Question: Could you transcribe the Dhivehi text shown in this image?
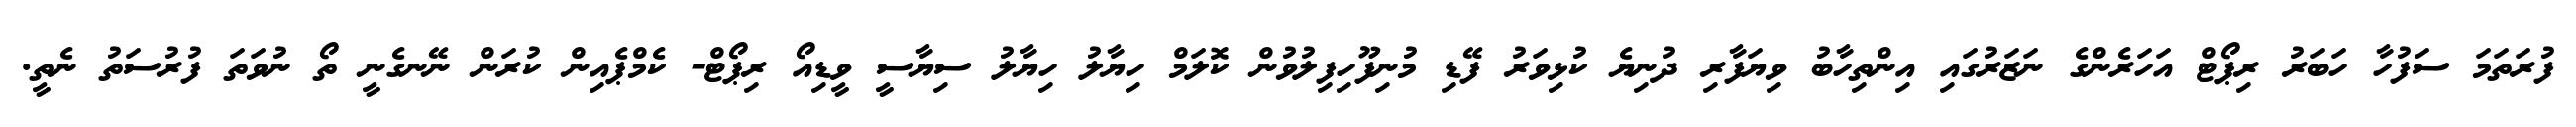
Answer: ފުރަތަމަ ސަފުހާ ހަބަރު ރިޕޯޓް އަހަރެންގެ ނަޒަރުގައި އިންތިހާބު ވިޔަފާރި ދުނިޔެ ކުޅިވަރު ފޭޑި މުނިފޫހިފިލުވުން ކޮލަމް ހިޔާލު ހިޔާލު ސިޔާސީ ވީޑިއޯ ރިޕޯޓް- ކެމްޕެއިން ކުރަން ނޭނގެނީ ތޯ ނުވަތަ ފުރުސަތު ނެތީ.